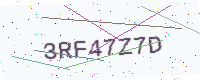
Text: 3RF47Z7D